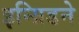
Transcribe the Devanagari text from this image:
इन्ग्रिडने